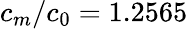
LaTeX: c_{m}/c_{0}=1.2565